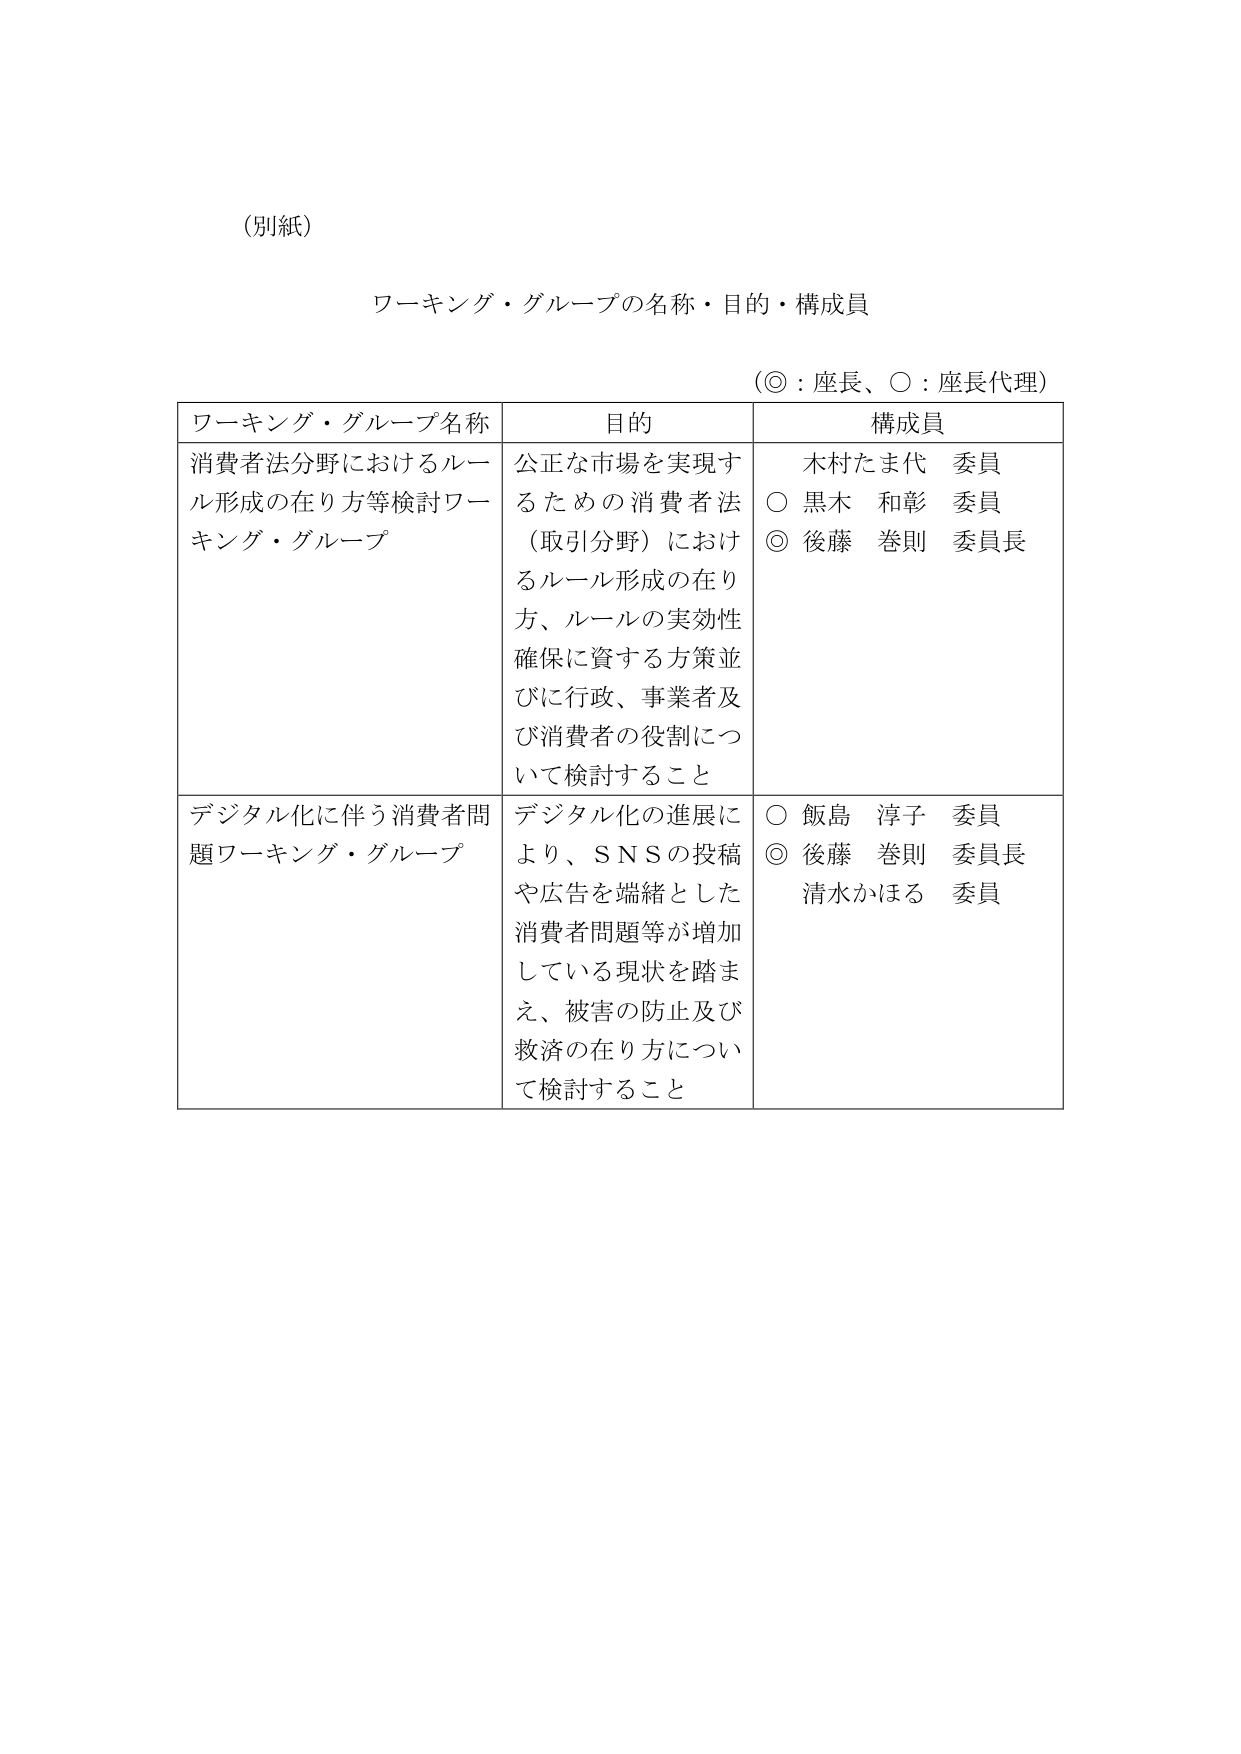
（別紙）

ワーキング・グループの名称・目的・構成員

（◎：座長、○：座長代理）

| ワーキング・グループ名称 | 目的 | 構成員 |
|--------------------------|------|--------|
| 消費者法分野におけるルール形成の在り方等検討ワーキング・グループ | 公正な市場を実現するための消費者法（取引分野）におけるルール形成の在り方、ルールの実効性確保に資する方策並びに行政、事業者及び消費者の役割について検討すること | 木村たま代 委員<br>○ 黒木 和彰 委員<br>◎ 後藤 巻則 委員長 |
| デジタル化に伴う消費者問題ワーキング・グループ | デジタル化の進展により、ＳＮＳの投稿や広告を端緒とした消費者問題等が増加している現状を踏まえ、被害の防止及び救済の在り方について検討すること | ○ 飯島 淳子 委員<br>◎ 後藤 巻則 委員長<br>清水かほる 委員 |